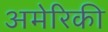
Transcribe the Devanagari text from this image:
अमेरिकी